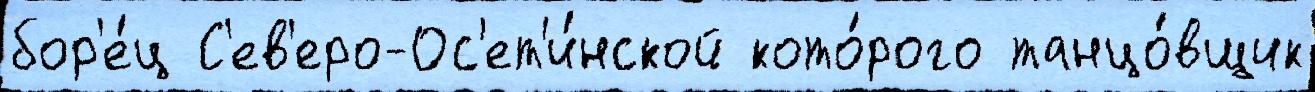
бор'е́ц С'ев'еро-Ос'ет'и́нской кото́рого танцо́вщик